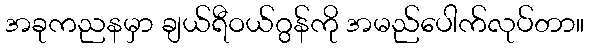
အခုကညနမှာ ချယ်ရီဝယ်ဂွန်ကို အမည်ပေါက်လုပ်တာ။